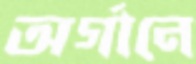
অর্গানে